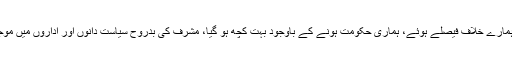
انہوں نے کہا کہ وزارت داخلہ کے ہوتے ہوئے ہمارے خلاف فیصلے ہوئے، ہماری حکومت ہونے کے باوجود بہت کچھ ہو گیا، مشرف کی بدروح سیاست دانوں اور اداروں میں موجود ہے، پرویزمشرف کی بدروح نے سازش کی۔